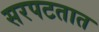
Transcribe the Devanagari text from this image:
सरपटतात